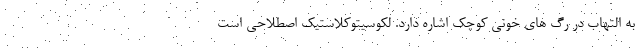
به التهاب در رگ های خونی کوچک اشاره دارد. لکوسیتوکلاستیک اصطلاحی است